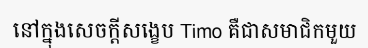
នៅក្នុងសេចក្តីសង្ខេប Timo គឺជាសមាជិកមួយ